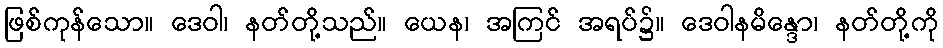
ဖြစ်ကုန်သော။ ဒေဝါ၊ နတ်တို့သည်။ ယေန၊ အကြင် အရပ်၌။ ဒေဝါနမိန္ဒော၊ နတ်တို့ကို